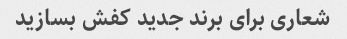
شعاری برای برند جدید کفش بسازید